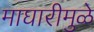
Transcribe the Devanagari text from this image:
माघारीमुळे